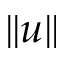
\lVert u \rVert